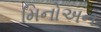
મિનોઅન